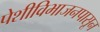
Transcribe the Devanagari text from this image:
पेशीविभाजनपासून